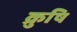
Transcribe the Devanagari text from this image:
क्रुषि